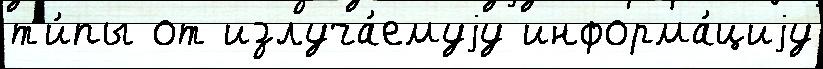
т'и́пы от излуча́емуjу информа́циjу